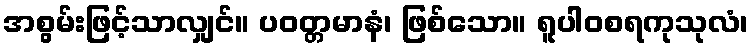
အစွမ်းဖြင့်သာလျှင်။ ပဝတ္တမာနံ၊ ဖြစ်သော။ ရူပါဝစရကုသုလံ၊